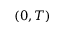
( 0 , T )